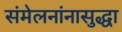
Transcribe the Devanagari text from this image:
संमेलनांनासुद्धा